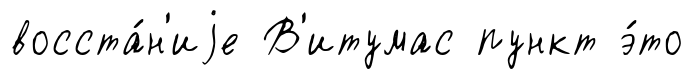
восста́н'иjе В'итумас пункт э́то